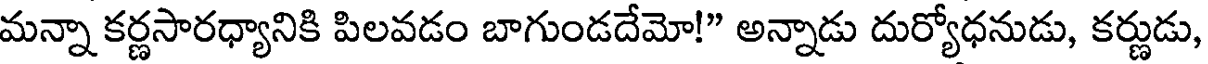
మన్నా కర్ణసారధ్యానికి పిలవడం బాగుండదేమో!" అన్నాడు దుర్యోధనుడు, కర్ణుడు,